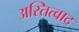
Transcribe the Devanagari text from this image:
अस्तित्वाद